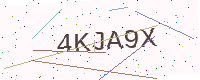
Text: 4KJA9X